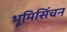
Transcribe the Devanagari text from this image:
भूमिसिंचन